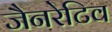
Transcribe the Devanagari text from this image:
जैनरेटिव